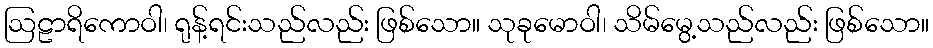
ဩဠာရိကောဝါ၊ ရုန့်ရင်းသည်လည်း ဖြစ်သော။ သုခုမောဝါ၊ သိမ်မွေ့သည်လည်း ဖြစ်သော။